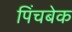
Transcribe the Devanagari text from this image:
पिंचबेक